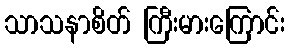
သာသနာစိတ် ကြီးမားကြောင်း